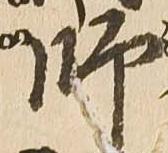
師